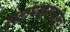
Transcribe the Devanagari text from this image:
टाकण्यासाठीच